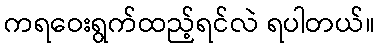
ကရဝေးရွက်ထည့်ရင်လဲ ရပါတယ်။